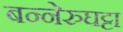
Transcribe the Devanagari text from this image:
बन्नेरुघट्टा